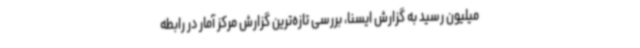
میلیون رسید به گزارش ایسنا، بررسی تازه‌ترین گزارش مرکز آمار در رابطه